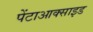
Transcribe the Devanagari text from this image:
पेंटाआक्साइड